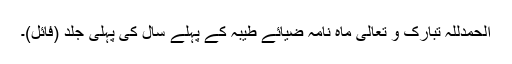
الحمدللہ تبارک و تعالٰی ماہ نامہ ضیائے طیبہ کے پہلے سال کی پہلی جلد (فائل)۔